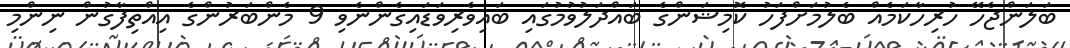
ބަލަންޖެހޭ ހުރިހާކަމެއް ބެލުމަށްފަހު ކޮމިޝަންގެ ބައްދަލުވުމުގައި ބައިވެރިވަޑައިގެންނެވި 9 މެންބަރުންގެ އިއްތިފާގުން ނިންމި